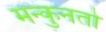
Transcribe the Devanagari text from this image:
मन्कुनतो